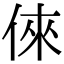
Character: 倈